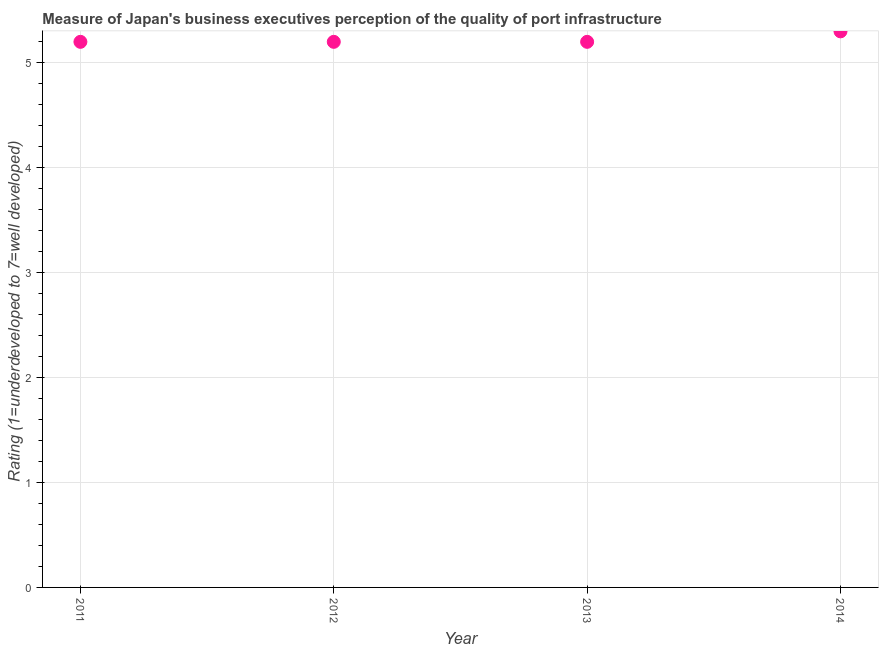
| Year | Quality of port infrastructure |
 | --- | --- |
 | 2011 | 5.2 |
 | 2012 | 5.2 |
 | 2013 | 5.2 |
 | 2014 | 5.3 |